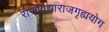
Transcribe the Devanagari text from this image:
राजविद्याराजगृह्ययोग